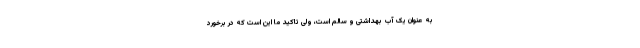
به عنوان یک آب بهداشتی و سالم است، ولی تاکید ما این است که در برخورد